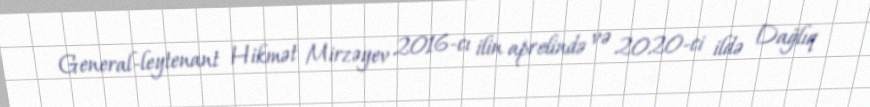
General-leytenant Hikmət Mirzəyev 2016-cı ilin aprelində və 2020-ci ildə Dağlıq